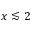
x \lesssim 2